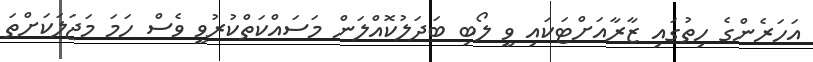
އަހަރެންގެ ހިތުގައި ޒާރާއަށްޓަކައި ވީ ލޯބި ބަދަލުކޮއްލަން މަސައްކަތްކުރުވީ ވެސް ހަމަ މަޖަލަކަށްތަ